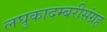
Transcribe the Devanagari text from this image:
लघुकादम्बरीसंग्रह